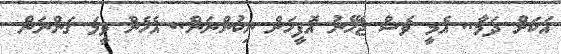
އަކަށް ދަމާ.. އެމީ ވެސް ޖެހޭނު އޮފީހަށް ނިކުންނަން.. އެހެން ވީމަ ގަންނަން